Report of the Municipal Commissioner on the plague in Bombay for the year ending 31st May... - Volume 2
Disease focus: Plague
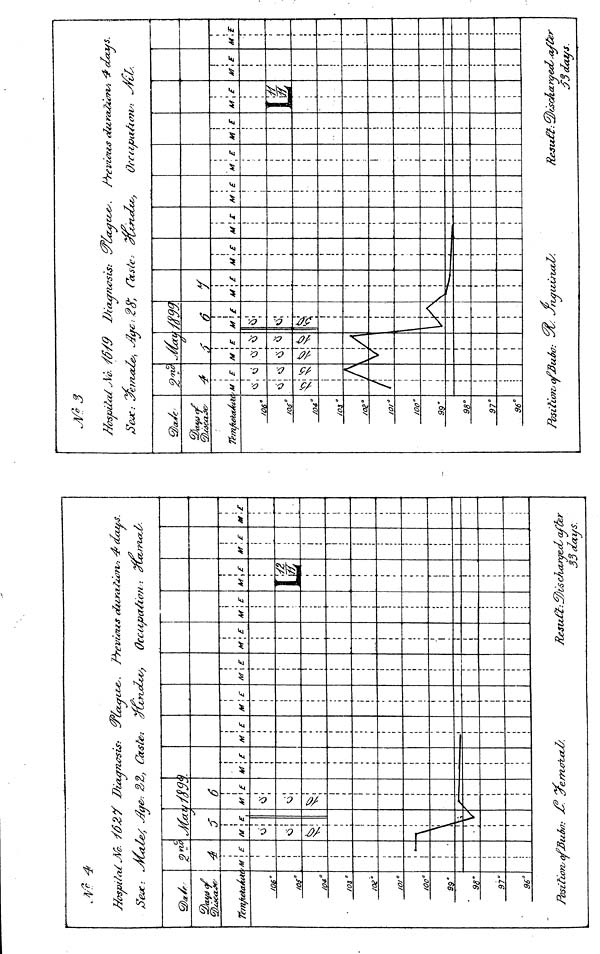
Hespít<t¿ j\/c.
Te/nfietaÁrt
/Q6°/
Of"
/04 a
/03°/
oe'°i
o/°z
oo"
99'
98°9
7°9
6°!
'M
i
i
i
i
i
i
i
é
i
i
i £
i
i
i
!
1
SÔ2Y ,
Jùt
M
vi
Ci
\ 1
[
1
1
1
1
1
1
Position^ OjfßuJra
\
1
E
1
1
1
S-
Vùtqn
Ci
vi
1
1
6
i
i
i
i
t
i
i
i
!
!
•
i
ver
¿¿SUS.'
ûxœfe
?
ki
ne
i
\E
tcu
M ! E
Á
jeu
M
j
\£
Zoo
R
M \E^C
VÙTUS otur<z£iA
Occupafùm'-i
M
A
\ E M
i
! E
07%/¡
M
1
i
ten
CLCL
tcxA
i
M
i
1
ifS.
M
33 ¿UtuS.
',£
Hûspila
iï&JC: ¿
Tem/tetaÂii
/oç°/
os 0
/04°¡
os"
/oe°/
o/*
/oo"
99'
98°9
7"
96°r
'/^ïê.
t>ou
4
'M
«S
/
\£
, vi
Ci
j
/9
•*>
M
Ci -
Ci
V
<s
A
1
1
1
Position^ afßizoo c
Dzaxrn
IS
â
i
i
*f\£
i,
«:
ci!
i
i
i
i
i
1;
i
(
i
i
i
i
47SÎJ:
Caste.
Y
\
€-r J'rLau
£
ùu
0Zaf
¿fix*
M
—«J
xZs.
E
— —
'ices. Previenes durations,
noCco,
Offtipa/-iv?v: ~4
M
-"
M\ £
i
!
1
1
!
1
t
t
1
1
1
1
1
' l
1
1
!
!
i
i
M\ E
1
Resti£t
£
•3
!
1
1
1
1
1
t
I
1
i
1
1
1
1
4decus.
£
¿sc/uzraect/¿y
33 day*
f¿e>
r.
£
r